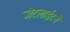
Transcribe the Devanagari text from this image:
जेटलाईटने